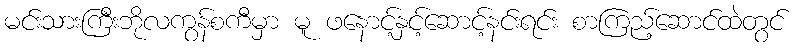
မင်းသားကြီးဘိုလကွန်စကီမှာ မူ ဖနောင့်နှင့်ဆောင့်နင်းရင်း စာကြည့်ဆောင်ထဲတွင်